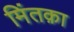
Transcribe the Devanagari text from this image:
मिंतक़ा